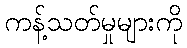
ကန့်သတ်မှုများကို